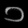
Digit: ၁